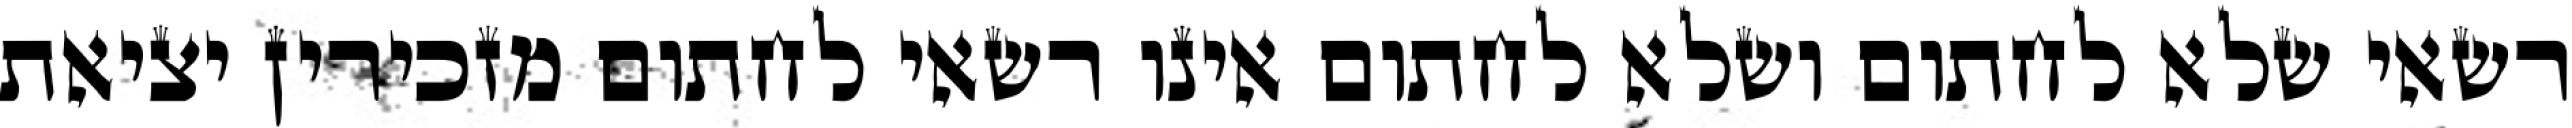
רשאי שלא לחתום ושלא לחתום אינו רשאי לחתום מזכירין יציאת